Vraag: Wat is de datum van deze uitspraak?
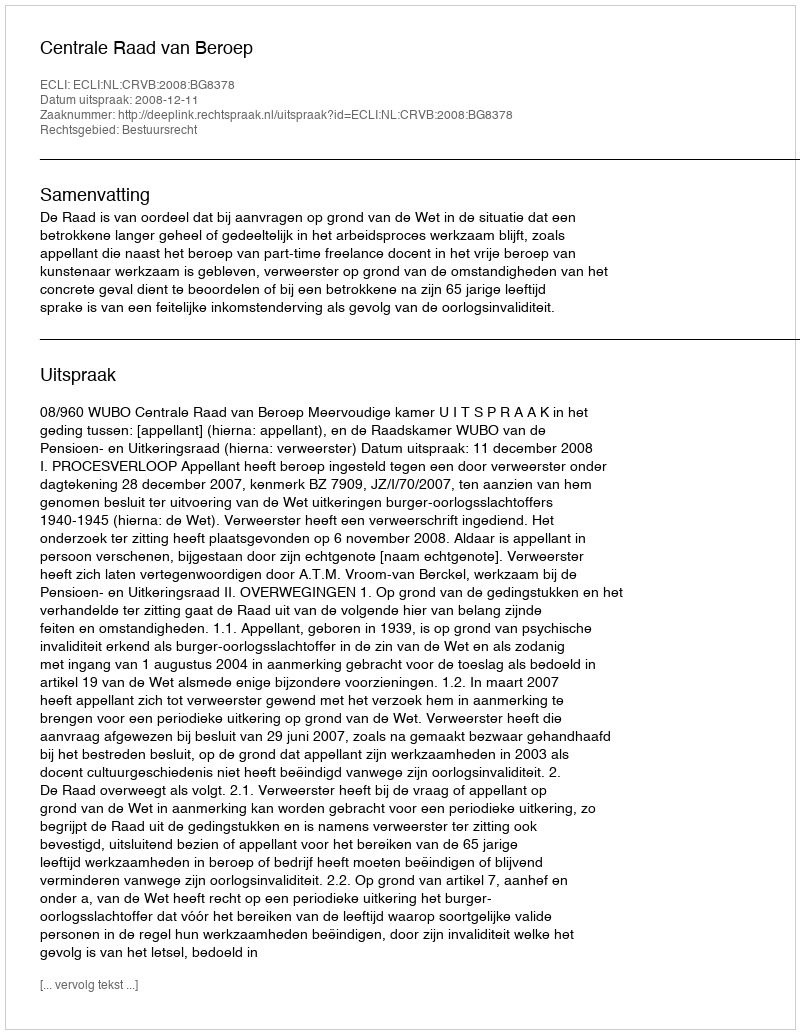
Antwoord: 2008-12-11